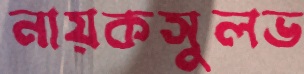
নায়কসুলভ